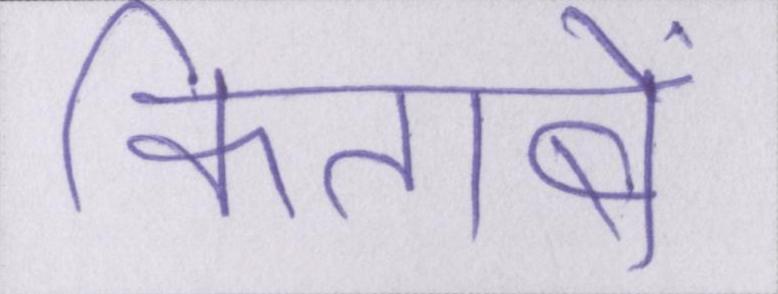
किताबें